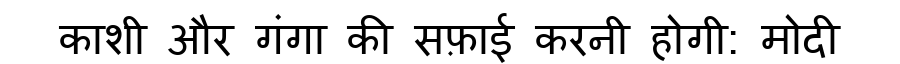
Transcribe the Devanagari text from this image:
काशी और गंगा की सफ़ाई करनी होगी: मोदी